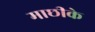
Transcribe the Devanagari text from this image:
माछीके